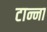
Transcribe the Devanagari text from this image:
टान्ना